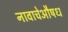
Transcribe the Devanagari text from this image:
नावाचेऔषध